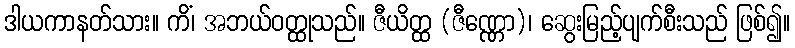
ဒါယကာနတ်သား။ ကိံ၊ အဘယ်ဝတ္ထုသည်။ ဇီယိတ္ထ (ဇီဏ္ဏော)၊ ဆွေးမြည့်ပျက်စီးသည် ဖြစ်၍။